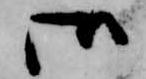
御